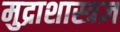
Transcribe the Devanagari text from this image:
मुद्राशास्त्रज्ञ